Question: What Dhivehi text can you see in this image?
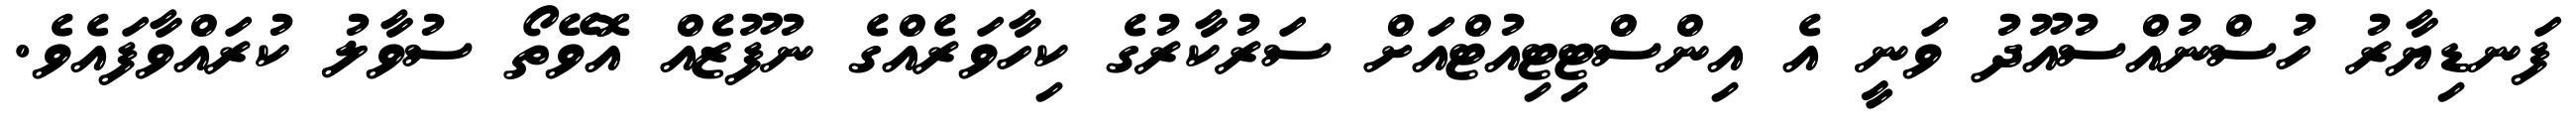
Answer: ފަނޑިޔާރު ހުސްނުއްސުއޫދު ވަނީ އެ އިންސްޓިޓިއުޓްއަށް ސަރުކާރުގެ ކިހާވަރެއްގެ ނުފޫޒެއް އޮވޭތޯ ސުވާލު ކުރައްވާފައެވެ.